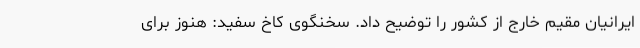
ایرانیان مقیم خارج از کشور را توضیح داد. سخنگوی کاخ سفید: هنوز برای